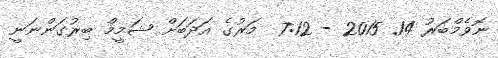
ނޮވެމްބަރު 14